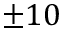
\pm 1 0